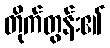
တိုက်တွန်း၏